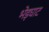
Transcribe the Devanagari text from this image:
भेड़घाट